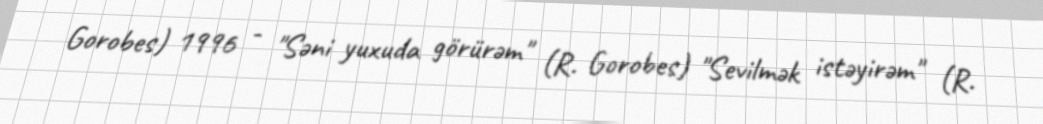
Gorobes) 1996 - "Səni yuxuda görürəm" (R. Gorobes) "Sevilmək istəyirəm" (R.